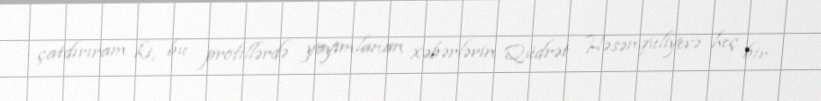
çatdırıram ki, bu profillərdə yayımlanan xəbərlərin Qüdrət Həsənquliyevə heç bir